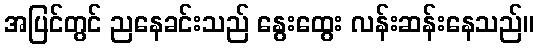
အပြင်တွင် ညနေခင်းသည် နွေးထွေး လန်းဆန်းနေသည်။